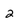
Character: 2